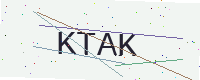
Text: KTAK